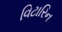
વિટારિન